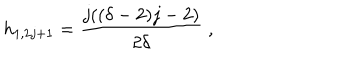
h _ { 1 , 2 j + 1 } = \frac { j ( ( \delta - 2 ) j - 2 ) } { 2 \delta } \; ,